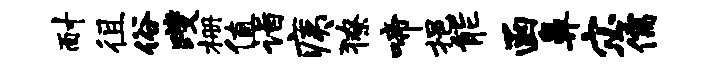
耐徂俗躞栅值诣痍獠啼挹能函鼻宓儒